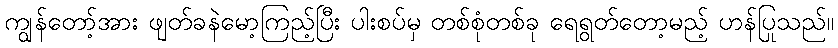
ကျွန်တော့်အား ဖျတ်ခနဲမော့ကြည့်ပြီး ပါးစပ်မှ တစ်စုံတစ်ခု ရေရွတ်တော့မည့် ဟန်ပြုသည်။